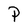
Character: P